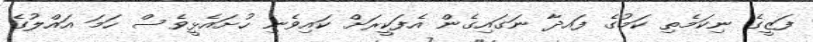
ފަޒީގެ ނިކަމެތި ކަމުގެ ފައދާ ނަގައިގެން އެފަކީރަށް ކައިވެނި ހުށައެޅީވެސް ހަމަ އައްލުގެ